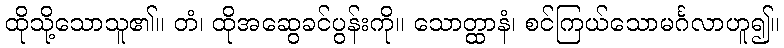
ထိုသို့သောသူ၏။ တံ၊ ထိုအဆွေခင်ပွန်းကို။ သောတ္ထာနံ၊ စင်ကြယ်သောမင်္ဂလာဟူ၍။